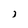
Character: i